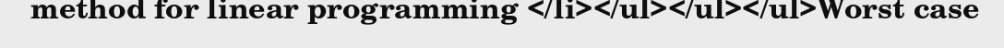
method for linear programming </li></ul></ul></ul>Worst case